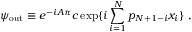
\psi _ { \mathrm { o u t } } \equiv e ^ { - i A \pi } c \exp \{ i \sum _ { i = 1 } ^ { N } p _ { N + 1 - i } x _ { i } \} \, \, ,